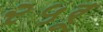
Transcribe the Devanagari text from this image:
२५रू